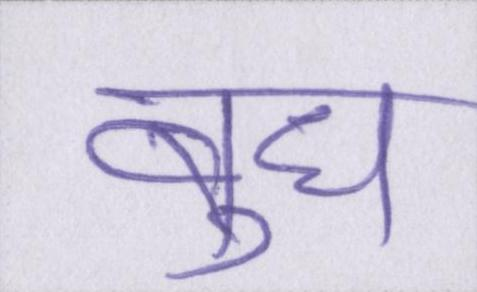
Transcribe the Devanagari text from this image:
बुध